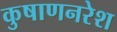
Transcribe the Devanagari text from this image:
कुषाणनरेश